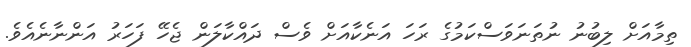
ތިމާއަށް ލިބުނު ނުތަނަވަސްކަމުގެ ރަހަ އަނެކާއަށް ވެސް ދައްކާލަން ޖެހޭ ފަހަރު އަންނާނެއެވެ.